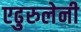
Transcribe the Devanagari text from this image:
एढुरुलेनी